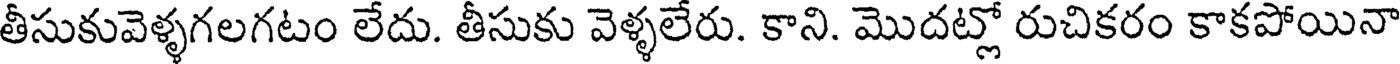
తీసుకువెళ్ళగలగటం లేదు. తీసుకు వెళ్ళలేరు. కాని. మొదట్లో రుచికరం కాకపోయినా